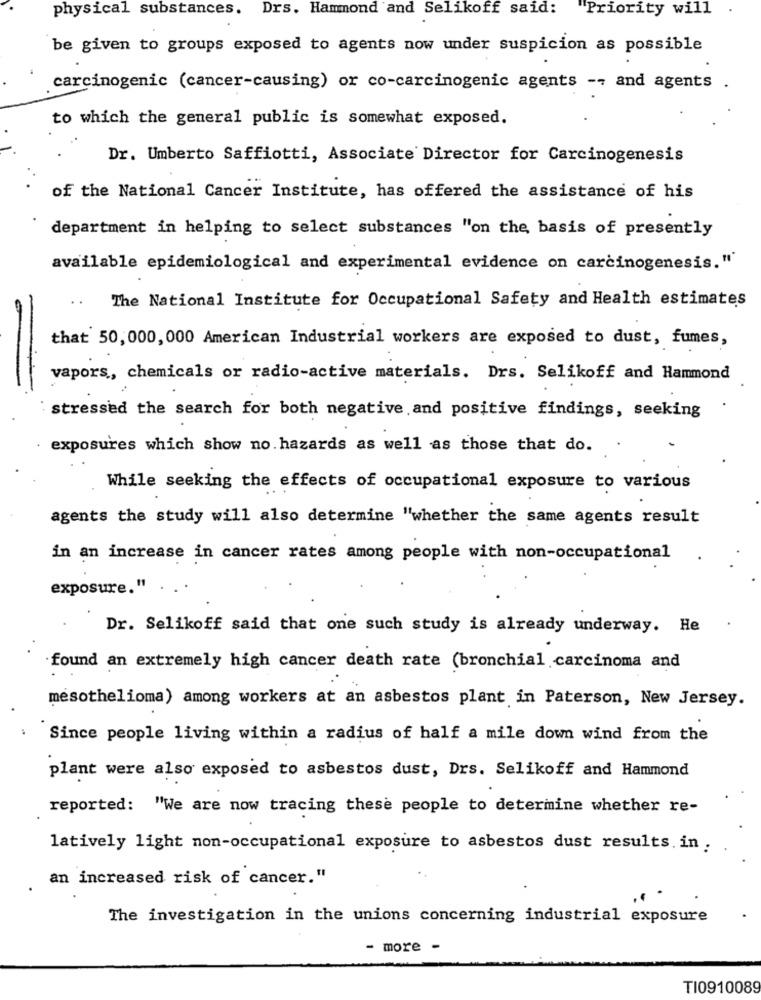
physical substances. Drs. Hammond and Selikoff said:
"Priority will
be given to groups exposed to agents now under suspicion as possible
carcinogenic (cancer-causing) or co-carcinogenic agents -- and agents .
to which the general public is somewhat exposed.
Dr. Umberto Saffiotti, Associate Director for Carcinogenesis
of the National Cancer Institute, has offered the assistance of his
department in helping to select substances "on the basis of presently
available epidemiological and experimental evidence on carcinogenesis."
..
The National Institute for Occupational Safety and Health estimates
that 50,000, 000 American Industrial workers are exposed to dust, fumes,
-
vapors, chemicals or radio-active materials. Drs. Selikoff and Hammond
stressed the search for both negative and positive findings, seeking
exposures which show no. hazards as well as those that do.
While seeking the effects of occupational exposure to various
agents the study will also determine "whether the same agents result
in an increase in cancer rates among people with non-occupational
exposure."
Dr. Selikoff said that one such study is already underway. He
found an extremely high cancer death rate (bronchial carcinoma and
mesothelioma) among workers at an asbestos plant in Paterson, New Jersey.
Since people living within a radius of half a mile down wind from the
plant were also exposed to asbestos dust, Drs. Selikoff and Hammond
reported: "We are now tracing these people to determine whether re-
latively light non-occupational exposure to asbestos dust results. in .
an increased risk of cancer."
The investigation in the unions concerning industrial exposure
- more -
TI0910089